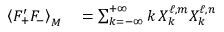
\begin{array} { r l } { \left\langle F _ { + } ^ { \prime } F _ { - } \right\rangle _ { M } } & { { } = \sum _ { k = - \infty } ^ { + \infty } k \, X _ { k } ^ { \ell , m } X _ { k } ^ { \ell , n } } \end{array}